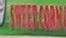
sweet